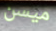
ميسن